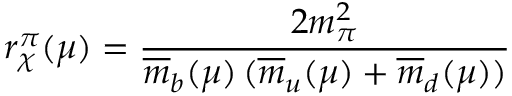
r _ { \chi } ^ { \pi } ( \mu ) = \frac { 2 m _ { \pi } ^ { 2 } } { \overline { { { m } } } _ { b } ( \mu ) \, ( \overline { { { m } } } _ { u } ( \mu ) + \overline { { { m } } } _ { d } ( \mu ) ) }